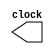
//Implement MIPS processor that performs and, or, add, subtract operations in verilog. 
//Simulate the output across 4 clock cycles each cycle for 1 operation.
//Mips processor R-type

module ClockGen (clock);
output reg clock;

initial
clock = 0;
always
#5 
clock = ~clock;
endmodule


module CPU (clock); 
input clock; 

reg[31:0] PC;
reg [31:0] Regs[0:31];  //regFile
reg [31:0] IMemory[0:1023];
reg[31:0] IR;  //instruction
reg[31:0] ALUOut;  

wire [4:0] rs, rt,rd; 
wire [31:0] Ain, Bin; 
wire [5:0] op;

assign rs = IR[25:21]; 
assign rt = IR[20:16]; 
assign op = IR[31:26];
assign rd = IR[15:11];

initial 
begin 
ALUOut=32'b00000000000000000000000000000000;
PC=32'b00000000000000000000000000000000;
IMemory[0] = 32'b 000000_00111_00001_00011_00000_100000;
IMemory[1] = 32'b 000000_00111_00001_00011_00000_100010;
IMemory[2] = 32'b 000000_00111_00001_00011_00000_100100;
IMemory[3] = 32'b 000000_00111_00001_00011_00000_100101;

end 
assign Ain[31:0]=rs;
assign Bin[31:0]=rt;

always @ (posedge clock) 

begin 
IR <= IMemory[PC>>2];
PC <= PC + 4; 

if (op == 6'b000000) 
case (IR[5:0])

32 : ALUOut = Ain + Bin;   //add
34 : ALUOut = Ain - Bin;   //sub
36 : ALUOut = Ain & Bin;   //and
37 : ALUOut = Ain | Bin;   //or
endcase
Regs[rd]=ALUOut;

end
endmodule

module tb_cpu();

wire clock;
ClockGen habiba(clock);
CPU habibaa(clock); 
endmodule